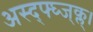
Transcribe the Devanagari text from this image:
अस्द्फ्घ्ज्क्ल्।